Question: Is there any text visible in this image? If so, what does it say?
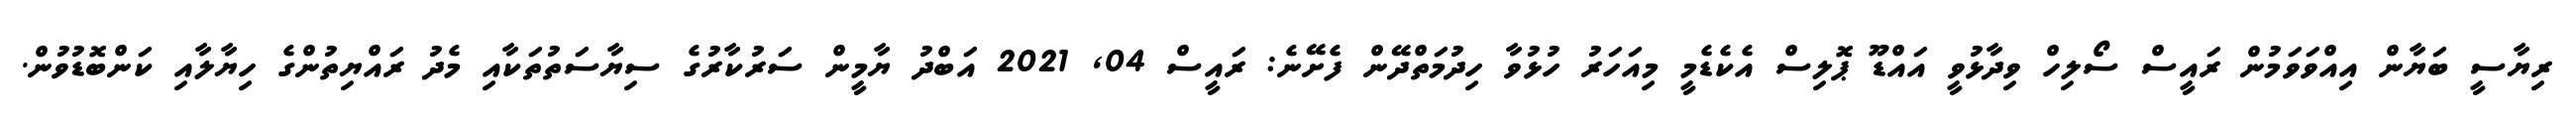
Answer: ރިޔާސީ ބަޔާން އިއްވަވަމުން ރައީސް ސޯލިހް ވިދާޅުވީ އައްޑޫ ޕޮލިސް އެކެޑެމީ މިއަހަރު ހުޅުވާ ހިދުމަތްދޭން ފެށޭނެ: ރައީސް 04, 2021 އަބްދު ޔާމީން ސަރުކާރުގެ ސިޔާސަތުތަކާއި މެދު ރައްޔިތުންގެ ހިޔާލާއި ކަންބޮޑުވުން.